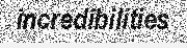
incredibilities